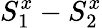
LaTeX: S_{1}^{x}-S_{2}^{x}